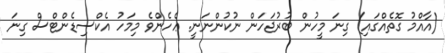
(އާއްމު ގޮތެއްގައި) ގިނަ މީހުން ބުރުޖަަަހަން ނުކުންނަނީ. ޢެހެންވެ މިމަހު އެކްސިޑެންޓްސް ގިނަ